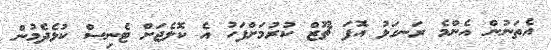
އެތަނުން އެންމެ ރަނގަޅު އޮފަ ޗޫޒް ކުރުމަށްފަހު އެ ކޮލެޖަށް ޓެނިސް ކުޅެދެމުން